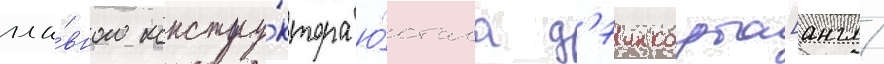
гла́вного констру́ктора ю́стаса д'эинкорта[англ.